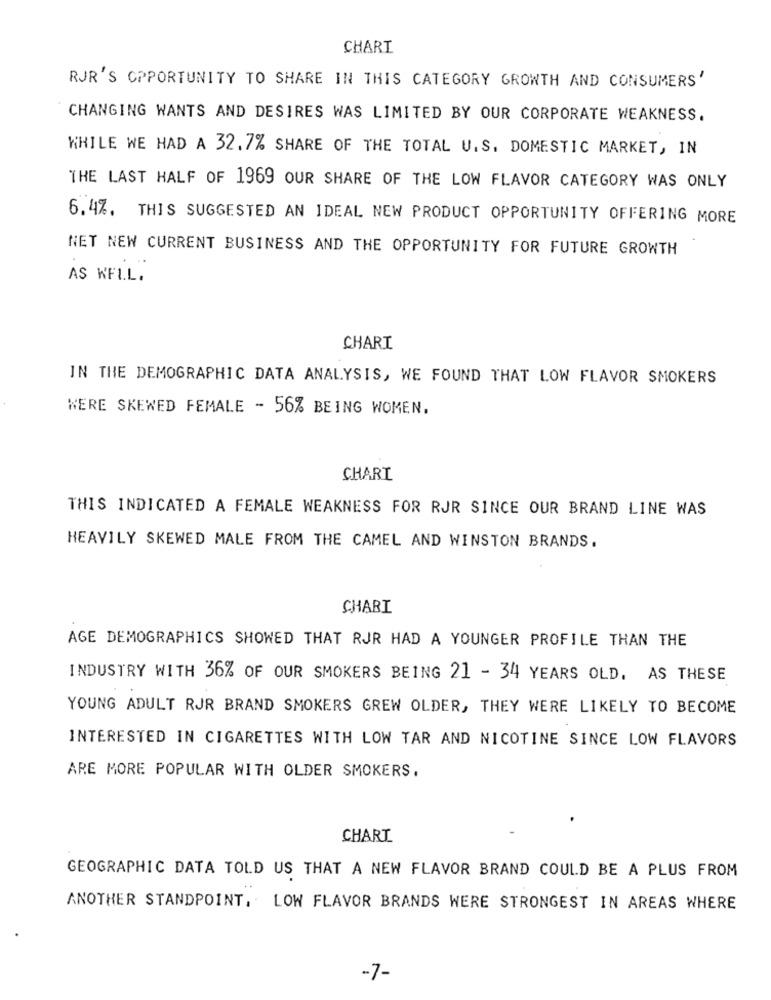
CHART
RJR'S OPPORTUNITY TO SHARE IN THIS CATEGORY GROWTH AND CONSUMERS'
CHANGING WANTS AND DESIRES WAS LIMITED BY OUR CORPORATE WEAKNESS.
WHILE WE HAD A 32.7% SHARE OF THE TOTAL U.S. DOMESTIC MARKET, IN
THE LAST HALF OF 1969 OUR SHARE OF THE LOW FLAVOR CATEGORY WAS ONLY
6.4%. THIS SUGGESTED AN IDEAL NEW PRODUCT OPPORTUNITY OFFERING MORE
NET NEW CURRENT BUSINESS AND THE OPPORTUNITY FOR FUTURE GROWTH
AS KELL.
CHARI
IN THE DEMOGRAPHIC DATA ANALYSIS, WE FOUND THAT LOW FLAVOR SMOKERS
WERE SKEWED FEMALE - 56% BEING WOMEN.
CHARI
THIS INDICATED A FEMALE WEAKNESS FOR RJR SINCE OUR BRAND LINE WAS
HEAVILY SKEWED MALE FROM THE CAMEL AND WINSTON BRANDS.
CHABI
AGE DEMOGRAPHICS SHOWED THAT RJR HAD A YOUNGER PROFILE THAN THE
INDUSTRY WITH 36% OF OUR SMOKERS BEING 21 - 34 YEARS OLD, AS THESE
YOUNG ADULT RJR BRAND SMOKERS GREW OLDER, THEY WERE LIKELY TO BECOME
INTERESTED IN CIGARETTES WITH LOW TAR AND NICOTINE SINCE LOW FLAVORS
ARE MORE POPULAR WITH OLDER SMOKERS.
CHART
GEOGRAPHIC DATA TOLD US THAT A NEW FLAVOR BRAND COULD BE A PLUS FROM
ANOTHER STANDPOINT, LOW FLAVOR BRANDS WERE STRONGEST IN AREAS WHERE
-7-